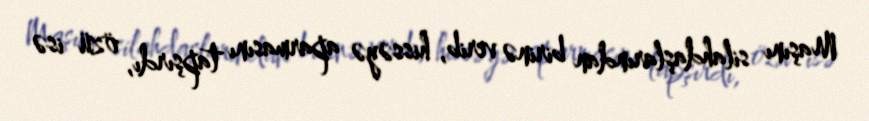
Maşını silahdaşlarından birinə verib, hissəyə aparmasını tapşırdı, özü isə